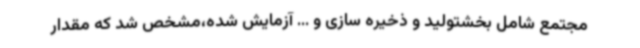
مجتمع شامل بخشتولید و ذخیره سازی و ... آزمایش شده،مشخص شد که مقدار